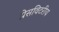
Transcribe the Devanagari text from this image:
प्रेसविटरीय